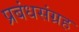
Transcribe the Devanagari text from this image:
प्रबंधसंग्रह